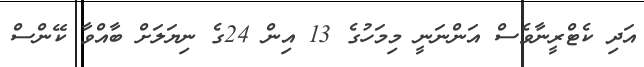
އަދި ކެޓްރީނާވެސް އަންނަނީ މިމަހުގެ 13 އިން 24ގެ ނިޔަލަށް ބާއްވާ ކޭންސް